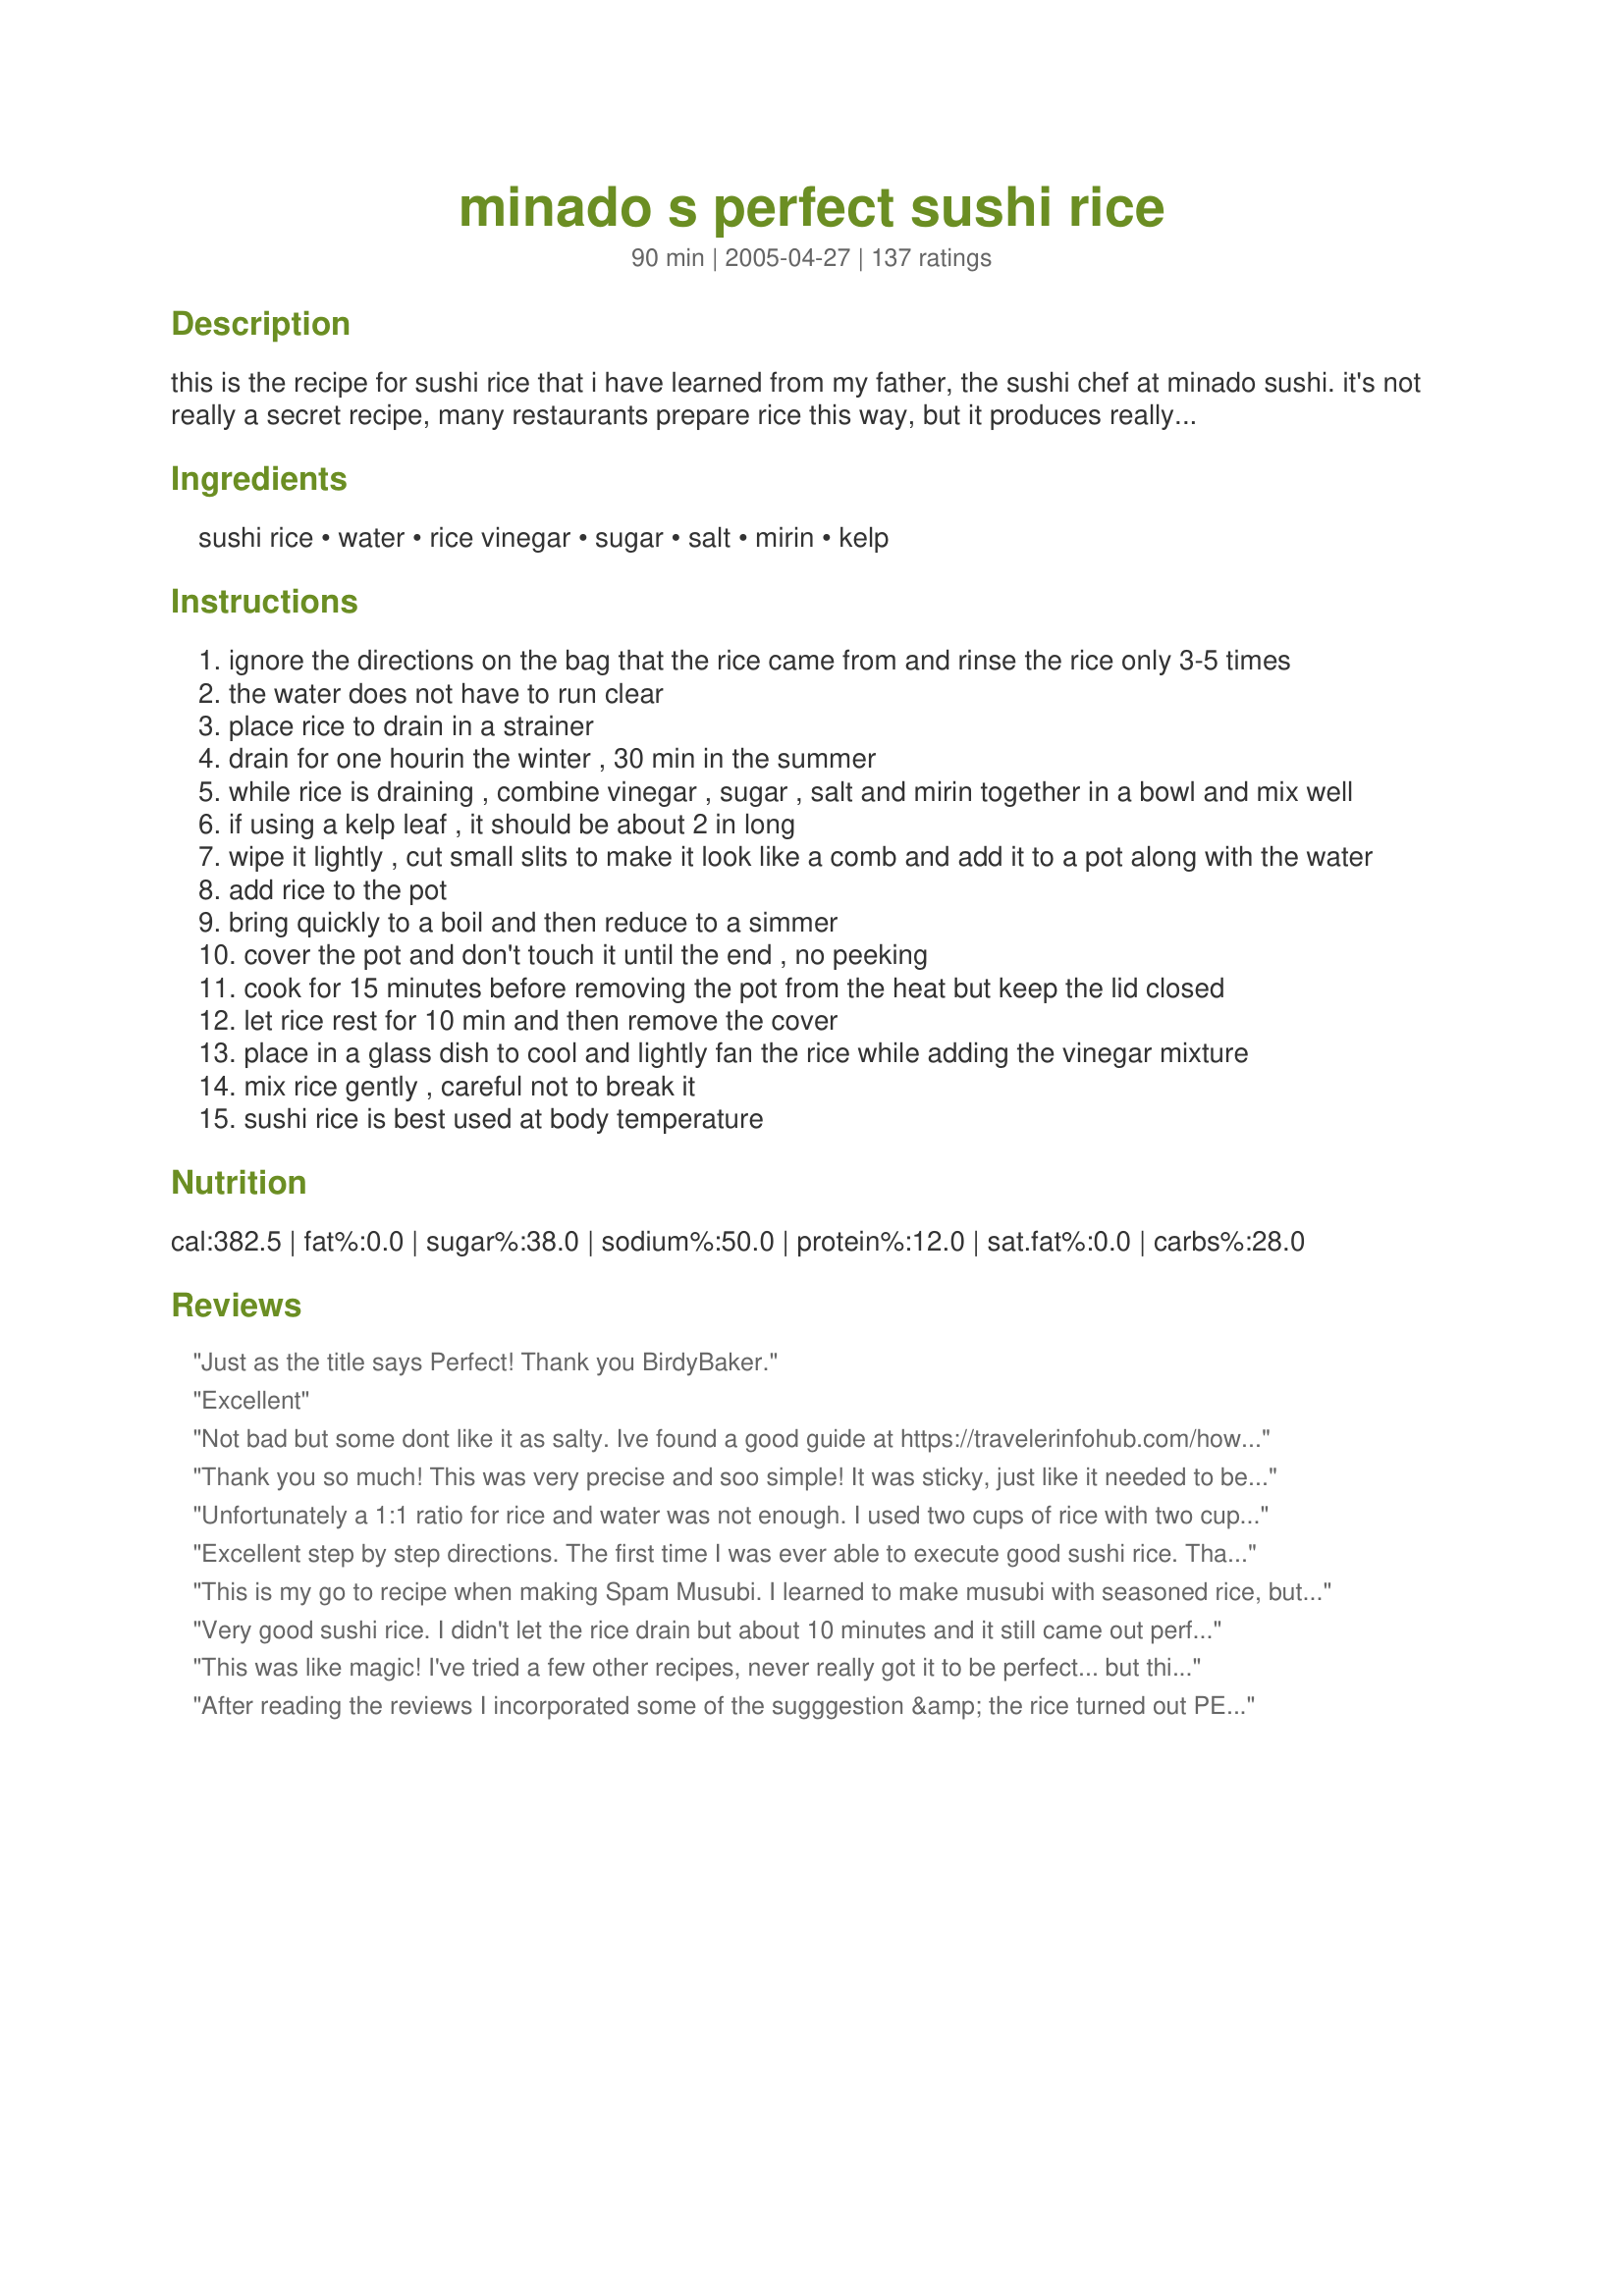
minado s perfect sushi rice
Preparation time: 90 minutes

this is the recipe for sushi rice that i have learned from my father, the sushi chef at minado sushi. it's not really a secret recipe, many restaurants prepare rice this way, but it produces really great rice. more of a technique than anything. this is a response to a request in the forum and i hope you guys like it!

Ingredients:
sushi rice, water, rice vinegar, sugar, salt, mirin, kelp

Steps:
ignore the directions on the bag that the rice came from and rinse the rice only 3-5 times
the water does not have to run clear
place rice to drain in a strainer
drain for one hourin the winter , 30 min in the summer
while rice is draining , combine vinegar , sugar , salt and mirin together in a bowl and mix well
if using a kelp leaf , it should be about 2 in long
wipe it lightly , cut small slits to make it look like a comb and add it to a pot along with the water
add rice to the pot
bring quickly to a boil and then reduce to a simmer
cover the pot and don't touch it until the end , no peeking
cook for 15 minutes before removing the pot from the heat but keep the lid closed
let rice rest for 10 min and then remove the cover
place in a glass dish to cool and lightly fan the rice while adding the vinegar mixture
mix rice gently , careful not to break it
sushi rice is best used at body temperature

Reviews:
Just as the title says Perfect! Thank you BirdyBaker.
Excellent
Not bad but some dont like it as salty. Ive found a good guide at https://travelerinfohub.com/how-to-make-sushi-rice/
Thank you so much! This was very precise and soo simple! It was sticky, just like it needed to be and tasty, although a little too sweet. However, I intend to make this again following the recipe exactly to see if I should really give 5 stars rather than 4. I had to use regular white rice instead of sushi rice. It worked well, but I keep hearing of the importance of the proper rice. I also used regular vinegar and subbed white wine for the mirin. All in all, a yummy success! I can&#039;t wait to try again following the recipe exactly!
Unfortunately a 1:1 ratio for rice and water was not enough. I used two cups of rice with two cups of water as the recipe instructs, but the rice was crunchy and did not turn out well. I had to throw it out and start again, using 3 cups of water. I was really frustrated, but after making this adjustment, the recipe turned out fabulous.
Excellent step by step directions. The first time I was ever able to execute good sushi rice. Thank you!
This is my go to recipe when making Spam Musubi. I learned to make musubi with seasoned rice, but lost the recipe. This is a terrific substitute for my original recipe.
Very good sushi rice. I didn't let the rice drain but about 10 minutes and it still came out perfect.
This was like magic! I've tried a few other recipes, never really got it to be perfect... but this one is so amazing! Thanks for sharing :)
After reading the reviews I incorporated some of the sugggestion &amp; the rice turned out PERFECT. The sugar didn't dissolve in the liquid so I zapped it in the microwave &amp; solved that problem. I took the suggestion of cooling the rice in a 9x13 Pyrex which made it easy to drizzle the liquid &amp; blend. I used the EXACT ratio of rice/water; rinsed the rice only 3 times; &amp; cooked as directed. Please use Google to see mirin vs rice vinegar &amp; get yourself a bottle of mirin @ any Asian food mart....you won't be sorry. If you're going to the trouble of making sushi rolls why not do it right? And the person who thought this way too salty....I can't imagine why....it's only 1/4 tsp per cup....unless they measured wrong. Bon Appetite!
I made sushi for the first time and it went much easier than I anticipated. I never realized how easy it actually is to make it. This rice worked perfectly and we all enjoyed the sushi. I used Linda's tutorial for "How To Make Sushi" and also her guide for "Types Of Sushi" posted on this site. Excellent tutorials and made me a sushi maker in no time! Loved the flavors in this rice. It was not too sweet, but just mildly flavored. We will be making this recipe again many times I am sure. Thank you!
I made my 1st batch of sushi/california rolls with this rice and had great success. I loved the way it was seasoned and the directions are very clear. I made it exactly "as is" but did not use the optional kelp. Thanks so much for posting this recipe Birdy!
My husband and I made sushi for the first time ever using your recipe and it turned out FABULOUS! I found the directions easy to follow and resulted in perfect sushi rice! We made some California Rolls with imitation crab and avacado and also made some using grilled salmon that we had on hand. We also made wasabi (from powder) and purchased Gari from the Asian food isle in our local supermarket. All in all I must say that this was AWESOME! We even got our children to taste the rolls! Both enjoyed them even though one of our children is not a big rice fan.
New to this whole cooking thing, I found it very easy to execute. The sushi rice turns out perfect every time. Even my most discriminating friends love it. Many Thanks!
Absolutely perfect. Thank you so much for this recipe BirdyBaker!
Wow!! This is such a great recipe. I was sceptical about how much water is called for but it's the perfect amount. This is a perfect recipe... go on and make it. You won't be sorry you did.
This recipe worked great for us! We had never made sushis before and were very excited to try, but we knew how important great rice is for sushi and were a bit worried about messing it up. We followed the recipe as is, except that we drained the rice for 15 minutes and not one hour, and it turned out perfectly! We also saw a lot of videos of people placing a towel between the pot and the lid to ensure that the seal is tight, and that seems to have worked very well. The rice was sticky as it should be and had a perfect flavour. Thank you for this detailed recipe!
This recipe never fails. Made some for the family and everyone loves it. Simple and easy to make.
Thank you BirdyBaker!
This always works well for me! This recipe always comes out whenever I intend to use my bamboo mats...thanks!
I've used this recipe several times and it always turned out great. Very easy and authentic. Thank you for sharing your recipe with us!
Very good!
Made this last night with my daughter. 1st time attempting sushi and it came out perfect. Followed the rice to water ratio of 1:1 - rice was moist and sticky. Looking at prior reviews where people had difficulties- wonder if they used regular rice and not sushi rice. Thanks for sharing
Perfect sushi rice. Seems like not enough water for cooking, but it absorbs the vinegar mixture and is perfect.
I made sushi for the first time with this recipe and it was so easy. Thanks!
I followed the recipe exactly and it came out great. i have made sushi rice before and it never tasted as good as this recipe. thank you so much! also i would like to add that i like the taste of the mirin and salt in this recipe.
Very good! I initially thought the water wasn't going to be enough anhd i wasnt too sure on the draining it thing but yeah, as long as you do it by the book it comes out awesome!
This is wonderful!
My kids loved it.
I used 24 drops of liquid stevia instead of the sugar and replaced the mirin with sweet sherry.
I'd have to agree with another person as I got al dente rice following the exact quantities of ingredients. Not sure if I am using the wrong rice? I used Korean medium grain.
Authentic great tasting sushi rice! I am Japanese and I am picky about my rice. Never thought about making sushi at home until recently, and I could not be more happy with how they came out.
We had great success with this recipe. I used Recipe #261193 and Recipe #261412 tutorials to help us make our sushi experience a success! There is a great balance of flavor in this rice! Make sure when your rolling your sushi you don't make it too thick. If you do, it makes it harder to roll!
This is the perfect rice recipe for sushi and the one that I will use. I am new to making sushi and couldn't wait to try it. This rice has just the right amount of sweetness and it held together so well, yet it wasn't really sticky or hard to work with. Make sure you don't get your rice too thick or it can be hard to roll up and stick to the nori sheets. Thank you for making my first sushi making experience a positive one!
This rice was perfect!
I have always love Japanese food but never had the time to try to make it myself...the Japanese food near my place is expensive. Above recipe looks simple, got to try this! Now where do I buy the rolling mat ? hmmm Moomin J. London UK
Great recipe. Thank you. I didn't have mirin so I used chardonnay. It worked out fine. We will use this all the time! So yummy!
Oh my gosh. This is the best rice I have ever tasted in my life. It almost didn't make it into the sushi rolls, I kept sneaking bites of it! It is the perfect mix of tangy, salty, and sweet. I didn't have the kelp leaf, but I'll have to pick some up for next time!
We've done sushi quite a few times now and this rice method was the best yet. The only thing I did differently was use less sugar (about 1 Tablespoon) just as a personal preference. Texture of rice was perfect for rolling sushi!
Without doubt the best, most detailed Sushi Rice technique I've ever heard of. Perfect results every time and the flavour is something else entirely!<br/><br/>Outstanding effort. Thanks so much for sharing!<br/><br/>Cameron.<br/>Edinburgh, Scotland, UK.
I don't use the mirin or kelp, but this is absolutely divine! I can't hardly eat plain rice now LOL!
Perfect sushi rice, indeed. I made this in my rice cooker with no problems; it was my first time making sushi, too, and this rice worked great.
Thank you! It turned out Perfect! I've tried so many packet directions and it was always a fail! Can't wait to eat my lunch. Just need to work on my Rice ball moldings skills??
first let me say, i live in rural montana, so finding sushi rice wasn't going to happen. so i used basmati since my mom said it was sticky rice. second, i had no idea what mirin is, so after looking it up on the internet i substatuted 1 tbsp whiskey and 1 tbsp blush wine. everything else i did just like you said. 
it came out wonderfully. i was making california rolls for the first time and they came out great!
thanks for the great recipe!
I cooked rice with the rest of ingredients and used half the salt and vinegar. It was perfect! And that was the first time I cooked rice in a pot. Very detailed recipe. Thanks!
Excellent!!I used white wine plus a touch of sugar as I didn't have mirin.Sushi turned out perfect.
My first time making sushi rice and it turned out perfect! I'm so happy to have found this recipe and my husband is so happy with his excellent meal tonight. I served the rice with CelestialShannon's Pan Seared Tuna ( recipe #234624 ) and it was like sushi on a plate. Thanks for posting this recipe Birdy, it was perfect!
i thought it would be too slick with all the added liquids but it was perfect. very sticky.. held together and with great flavor. i used plum wine instead of the mirin.
Excellent sushi rice! Followed the directions exactly and it was very easy - even for a beginner sushi maker! We doubled this recipe (LOVE sushi!) and it came out perfectly! Thanks for posting, this is a keeper and WILL be making this again!
This one really is perfect sushi rice. Tastes great, and it was great to make sushi with and to just eat by itself!
At first when I read through these comments I saw the one star ratings and thought they must have done it wrong. Nope, I was wrong. This rice did not stick together at all. Very very frustrating, considering I wasted all the time and ingredients. The first time I ever made sushi turned out better than this. But I did like the kelp leaf.
making this recipe for sushi rice right now!...looks really good!...thank u soooo much for the recipe!
Great! I didn't have mirin or kelp on hand, so I just added an extra tablespoon each of rice vinegar and sugar (after looking at wikipedia and seeing the breakdown of mirin)...and I then added just a splash of vodka..but sake would work, too. I can't wait to have mirin on hand so I can try it instead..thanks for the recipe..it made for a great sushi party!
I can't thank this recipe enough for helping me finally make perfect rice whew
Yep - Perfect. Did not have a kelp leaf but followed everything else.

My husbandis a sushi nut and when I surprised him with sushi when he came home I could tell his face was part Happiness and part "How much did all this cost?" When I told him I made it he quickly tried a few sushi pieces then could not stop raving!

He said it was the best meal I have ever made and now wants to host a sushi party!

Thank you!!! Your directions made this a very easy recipe :)
Great recipe! We like our sushi rice a little softer, so I only used 1.5 cups of uncooked rice (cooked in a rice cooker) and it was perfect. So easy to spread on the nori and very flavourful. Thanks for a great and easy recipe!
Worked great! Dont taste it immediatly after mixing in the seasoning after cooking. It wont taste that good. Wait for it to settle into the rice.
Thank you so easy to make. Even DH can do it.
This recipe worked really well for me! I cooked the sushi rice in my ricw cooker. After it cooled a bit I put the rice in a glass 9x13. I drizzled the vinegar mixture over it and tossed very gently. I then let that sit at room temp for a while (at least a couple hours). If you taste the rice right after you mix it with the dressing it will be a little wet and very strong. Wait until it sits and its perfect! I made awesome veggie rolls with this and the kids loved it! It also saved me $$$ by not having to to go out to sushi! ?
Perfect sushi rice. I used it to make Sushi Poppers. Thanks for a wonderful recipe.
This is amazing enough to eat plain and perfect for sushi. The flavor is spot on, thank you!
I have made this 5 times now and all I can say is Hallelujah! I'm going to save so much money by not going to the Sushi restaurant every time I have a craving! I topped my rice with some cooked shrimp & seared salmon & dipped in wasabi & soy sauce. Fabulous!
great, I halved the recipe, which made 3 rolls using Yukata brand nori. My first shot at making sushi and I'm really pleased with myself - thanks BirdyBaker!
I used my rice cooker to make the rice, but I used your recipe for the vinegar mixture and it tasted great. Thanks for sharing!
Easy! And turned out perfectly. I had to omit the mirin b/c I didn't have any, but the rice still tasted good. :)
OhMiGosh - DELICIOUS!!
Thanks for sharing! The kelp really made it for me, it added very authentic flavor and fragrance. This is my new favorite sushi recipe.
Really good sushi rice. Now I don't have to buy those powder to mix with sushi rice every again. The only difference is after I mix all the ingredients, I chuck everything into the rice cooker and it turned out very nicely. The same with if I use powder. Next time, I will put just a tiny little less water so that the rice is a bit hard. Thanks for the recipe.
Very good, just made a half-batch of it. Next time I"ll use just a touch more water.
Great recipe! I made sushi for my party and used this recipe for sushi rice. Everyone loved it and was a big hit. I also used the rice cooker to make the rice and it is quick and easy. Takes roughly 10mins to cook the rice.
Perfect. I substituted dry sherry for the mirin.
Thanks for posting this! I'm a real knucklehead when it comes to rice making, but the directions here were so precise that my sushi rice turned out wonderful.....very flavorful and with just the right texture.
Made some quick adjustments (halved everything) but pretty much kept everything the same. I used my fancy zojiroshi rice cooker and did 1 leveled cup sushi rice (zojiroshi cup) and 1 cup water (to the sushi rice water measure inside the pot). Cooked it on sushi setting and the rice came out fluffy and fully cooked. Then I halved all the vinegar ingredients (2 tbsp rice vinegar, 1.5 tbsp sugar, 1 tsp salt, 1 tbsp mirin). I nuked it in the microwave for like 15 seconds to dissolve it like people said in the comments. I then poured it on top of the rice on a pyrex dish like people said and folded it in till it dissolved. Not too salty, not too sweet - it came out perfect!
This rice was pretty easy to work with and the flavor was excellent! It made my sushi making experience a dream come true!
Very good, very easy. Of course I used rice cooker, making it even easier. Some other recipes ask for too much vinegar and sugar, making the rice very wet. This, however, is perfect for maki rolls.
It was perfect! (I did not have kelp.) Don't forget to dip your fingers in water as you work with the rice!
I have been making this recipe for a while now and it is always wonderful for my sushi or any other japanese dish I've made! If you're only making 1/2 a recipe make sure you cut down the cooking time or you will end up with some browned rice on the bottom of the pot which won't be good for rolling sushi!
This was an easy recipe to follow and tasted great. Will definitely use it again.
I've been making this rice for 8 years now and it is the absolute best. I don't make sushi rice any other way since finding this recipe.
This recipe is AMAZING!!!
Another vote for PERFECT rice. I was out of mirin so I substitued 1 tbls sherry and 1 tbls water and it was still delicious.
DD and I have used your recipe with great results! She likes to use the rice cooker while I prefer stovetop. Great taste and easy to work with. Thanks BirdyBaker!
So easy to prepare & very tasty. I made Spam Musubi for my son and he loved it. Thanks!!!
Unbelievably tasty, and perfect technique. So good that I kept eating spoonfuls right out of the bowl, so that I almost didn't have enough to finish my sushi project! I had no mirin, so subbed white wine, and that was fine.
Awesome technique (similar to YouTube's Steve's Kitchen). I rinse the rice 3-4 times. Add some more water to the rice amount so I know it won't be dry (1 c rice = 1 1/4c water). I also add some salt then mix. In high heat, bring the rice to a boil, then lower the heat to low-medium. At this point i make sure the rice won't be dry, so i add a bit more water if needed and stir. I wrap a towel on the pan lid and cover the pan. Let it simmer for about 10 min, turn off the heat and let it rest for another 10 min. For the vinegar part: 1 1/3 tbsp of rice vinegar, 1 1/3 tsp sugar, and 4/9 tsp salt and microwave. The more vinegar the stickier the rice. Amazing! Thanks for sharing!
Perfect! Follow the directions exactly, and it is fool-proof. Thank you for the recipe!
Made sushi for the first time,thank you for giving such detailed directions.I followed the recipe exactly and the rice was wonderful!
One of the recipes we used to make Sushi for the Japanese booth for Mosiac, a school project that was very successful. Made rice as directed as well as in rice cookers both with equally good results. I suspect the ten minute rest one of the reasons this recipe works so well. Both made for excellent sushi rice. The seasoned vinegar was to our liking and made for wonderful sushi rolls. Thank you for sharing.
Thanks this worked great for my homemade sushi. I didn't have rice vinegar or mirin so I used white vinegar & white wine. I used another recipe's advice & heated the mixture to dissolve everything. It all worked fine ...tasted good & the rice was perfectly cooked & held together perfectly in the sushi rolls. thanks
This is an excellent recipe. It is easy to follow and it really does make great sushi rice. Before I found this recipe, I would burn my rice but now that I have this recipe, my rice is perfect every time. Thanks!
This was awesome. First time making sushi and this rice was really wonderful to work with. I didn't make sure the sugar was completely dissolved first, so I had a little bit of sugary-ness to deal with, but that didn't bring it down at all. Still great. A little sweet, I may cut the sugar just a bit next time. Nice and sticky and a great flavor. Cooked in my rice cooker, then followed directions for dressing. Made for recipe 261193. Thanks so much!
Perfection! I made no tweaks--following the recipe exactly (a rarity for me). It was exactly as I hoped it would be. Thanks!
2 Cups water to 2 Cups of rice is a far off estimate in my opinion. I used more like 4 Cups of water to 2 Cups of rice.
Sounds extremely saulty
This review is more for the seasoned vinegar than for the entire recipe. I had already cooked the rice using a similar recipe (without the kelp) and needed to have a recipe for seasoned vinegar for sushi rice. This didn't disappoint! It is really good and is a keeper! Thanks for posting it, Birdy!
there's a reason this is called the PERFECT SUSHI rice....Its WONDERFUL....the previous times I've made sushi rice, the rice was always still too hard.....Only little hitch I had was that a thin layer of rice at the bottom burnt slightly...but i think that is because I scaled it down to only 1/2 cup of rice...thank u for this great recipe
no lie. easy, simple. My rice still browned a little on the bottom, but really really good.

Used Kombu in the water instead of kelp and didn't have any mirin. Other than that, followed directions to a "T".
I changed the proportions to make 1 1/2 cups of rice, and it still came out perfectly! I was so nervous about making sushi rice for the first time, but this was sticky and flavorful! The vinegar mixture is powerful - I was hesitant about adding it all, but in the end was glad I did...our sushi tasted delicious! I was lazy and only let it drain for about 25 minutes (in the winter)...and it wasn't a problem. Great recipe!
I rinsed this under cold running water rather than rinsing a specific number of times. I drained it for 1/2 hour even though it is winter. (I am in Florida and took a gamble that the winter vs. summer thing was due to weather.) I did not use a kelp leaf. This was absolutely perfect rice and my daughter made delicious sushi with it.
Make this all the time for my sushi! Love it!
Excellent! I have struggled with rice in general for a long time and was quite intimidated by sushi rice. This is a great explanation and the rice was fabulous!
OKAY!!! The best sushi rice I ever made. Perfect mixture and prefect consistency. I used a premium grade sushi rice and cooked it in my rice steamer. Some rice steamers continue cooking after the bell sounds. What I do is after the bell sounds remove the pot and place it into the sink with some room temp water for a few minutes to cool the bottom. This stops it from browning the bottom.
I was a bit skeptical at first, but I followed it to the T and it was absolutely perfect. Thank you very much.
Hands down the best Sushi rice ever!
This recipe made very tasty rice, but it stuck like crazy to my hands. Worked better after putting on gloves. Maybe it needs more water? Probably will use this recipe again.
I've tried a few other recipes, but this is my favorite so far. It makes perfectly textured rice--I always cook my rice this way now. The flavor is excellent also.
Excellent rice for sushi, especially considering it was my first time!
AWESOME AND EASY, I used a glass top pot since I knew curiosity would get best of me, and that kept me from lifting the lid. Thanks for the lifesaving rice recipe! My kids like it straight!
Great to use for my sushi! Rice was perfect in texture and stuck to the paper perfectly!
This is my favorite sushi rice recipe! I used it for the first time several weeks ago, and have used it ever since! The kids and I love our Cali-rolls with wasabi! My daughter practically inhales any leftover rice! :) Good stuff! Thanks!
Just made my first batch of maki-zushi, and this rice was absolutely incredible!
Turned out great! I've never thought to use mirin in sushi rice before, so adding it to the rice vinegar was quite a revelation. Adding it improved the flavor of the rice about 5 stars worth... The way I prep isn't really a tweak as much as a method for storing sushi in the fridge. I wouldn't recommend this for nigiri, but it works fine for sushi rolls that are made using canned fish (poor man's sushi) for a few days or for storing better quality sushi overnight.
I always use this recipe to make sushi rice. It has the perfect combination of vinegar, sugar, mirin and salt. Here's a tip: make the seasoning mixture ahead of time and store it for every time you make sushi rice. Put the rice vinegar, sugar, salt and mirin in a small pot or in the microwave and head till just warm, then stir to melt the salt and sugar. Then, store it in a plastic squirt bottle in the fridge. Every time you make sushi rice, just take out the bottle and squirt some of the seasoning on.
This is my 3rd time making sushi at home. The first two times I used my ricemaker with less than great results. Your recipe was awesome! The rice was so easy to work with and I had all of my rolls done in no time! Thanks for sharing this terrific recipe!
This was just perfect. Absolutely delicious!
Unless you like very salty al-dente rice, this tastes awful. I washed off the finished product added a couple of cups of water and am trying to fix it now.
I should have been suspicious with the low cook time and the amount of salt (2 tsp for 2 C rice).
Don&#039;t get all the good reviews but maybe lack of sushi experience?
I've been searching for a sushi rice recipe that I liked, and I've found it here!! I used the exact amounts, and it came out perfectly. However, I didn't let it drain for an hour because I didn't have enough time, and it came out delicious, with the perfect texture.
Thank you for sharing this, it is great...!!!
I followed the recipe exactly and this is the best Sushi rice ever. With a little practice a novice can look like a professional. The rice holds together beautifully so making Maki rolls is easy. Use Calrose rice for perfect sushi rice everytime!
This is an amazing recipe and , It&#039;s really great, yields lots of yummy rice but I&#039;d wouldn&#039;t add any salt in mine next time.
Great rice, gave a nice foundation for my sushi. Overall a little saltier than my old recipe, but it was still quite tasty.
Beautiful rice every time
This was a very good recipe. easy to follow and with good results. Unfortunately I burned the rice a little on the bottom (I have a fussy electric stove) so it tasted a little nutty. I tried the sauce all by itself, wow I could put that on ice cream.
My daughter gave me a sushi-making kit for Valentine's Day and I tried it out today. The first batch of rice was made using a pressure cooker recipe I found online, and it was mushy. I found this recipe and made it exactly as written. The rice came out just right, and the second batch of sushi was much better than the first. Thank you for posting this recipe with explicit directions!
I didn't have any mirin on hand, so I just skipped that, but otherwise I followed it as is. I thought it tasted fantastic, and I think the mirin might've even made it too sweet for my taste. Thanks for the great recipe. It was wonderful for my avocado rolls!
This is more or less the traditional way to make sushi su. The amount of water rice needs to cook well depends on season because it matters whether it is the new crop or second crop. Sometimes it is labeled on the bag sometimes not. Two fingers are used to measure the water needed to cook the rice. Put the drained rice in the pot and add cold water until the water level reaches the first crease on the middle and index fingers when you have your finger tips touching the rice. Remove 2 tablespoons of water if you add mirin or sake to the rice. 
I also heat the rice vinegar, sugar and a crushed knob of fresh ginger until the sugar dissolves and then cool the vinegar (do not use aluminum pans or the vinegar will react with the pot). I use an electric fan to cool the rice as the vineger is folded in to coat the rice. This is so yummy
Delicious! Better than some of the sushi restaurants around my place. This will be the only recipe I will use when making sushi from now on. &lt;br/&gt;&lt;br/&gt;Thank you!
Yummy. Used medium-grain rice because that was all I could find, but still turned out beautifully! Thanks!
*Truly perfect* --I took a "Sushi 101" course a few years ago and the teacher gave us a totally different cooking time and temperature, and very different vinegar/sushi zu mixture. Also we did not drain the rice. I'm not sure which of these three things made a difference, or all of them, but I'm glad I tried Minado's Rice. It is so much stickier and easier to work with. I love Rice King brand Short Grain "California" Sweet Rice, available at Asian markets. I will be using this recipe from now on.
Wonderful, easy-to-follow recipe. We make it regularly and it is always a huge success! We do not use a kelp leaf; and we substitute Stevia or Xylitol for the sugar. Cannot tell the difference in the finished dish, and it cuts back on our daily sugar in-take. This recipe delivers what it advertises - perfect sushi rice.
Followed the recipe and it was PERFECT. Thank you!!
Here is another 5 star review! I added some furikake to the rice and made some onigiri stuffed with minced pickled ginger. They were very tasty and the rice held up perfectly.
Followed the instructions to a T, got all the correct ingredients from a local Asian market, and it's like I just made regular rice, pick up a handful and drop it and none of it sticks together. What a waste of time.
I always make bad rice, so I was stressed about making sushi rice, but with this recipe I made "perfect sushi rice!" Thank you BirdyBaker sharing your father's recipe.
Awesome! I used regular long grain rice, and made onigiri (Japanese rice balls) out of it. I found that dipping my hands in warm salt water between each onigiri prevented the rice from sticking to my hands.
I used a rice cooker and followed the recipe for the seasoning. I found the flavor to be a little on the salty side. I generally prefer a slightly sweet and tangy flavor. With this recipe the salt seemed to overpower the sugar and vinegar. Next time around I'll probably try cutting the salt back to 1/2 or 1 teaspoon.
The rice turned out perfect! I've tried other recipes and they turned out kinda "gluey". The rice was light and fluffy! This is the sushi recipe I've been searching for! Thanks for posting it!!
I had similar directions off the back of a Sushi rice I had before. This time I bought regular short grain rice (Sushi rice is too expensive where I live) so I needed directions to cook it and this is exactly what I needed. Great recipe even with regular short grain rice.
This was wonderful. I made this just as written and we thought it was perfect. Its so simple, yet makes such a complicated "looking" product. We love sushi and I have been experimenting with different ingredients, but without the perfect rice you don't have sushi....this is that "perfect" rice. Thank you so much for sharing this with me.....I will use it often.
I agree. This rice is awesome. Follow the directions and you will do well.
